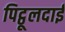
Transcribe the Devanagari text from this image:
पिट्ठूलदाई